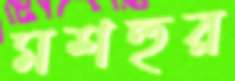
মশহুর